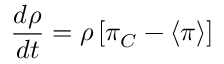
\frac { d \rho } { d t } = \rho \left[ \pi _ { C } - \langle \pi \rangle \right]